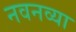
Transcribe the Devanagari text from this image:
नवनव्‍या